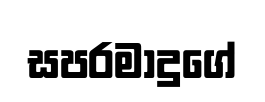
සපරමාදුගේ